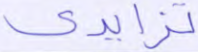
تزايدي